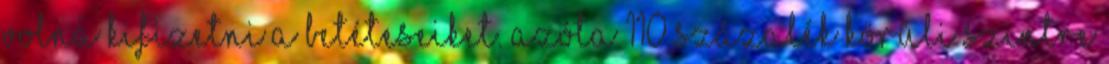
volna kifizetni a betéteseiket. Azóta 110 százalék körüli szintre